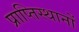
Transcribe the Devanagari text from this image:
प्राप्तिस्थानों